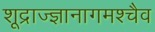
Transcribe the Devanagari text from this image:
शूद्राज्ज्ञानागमश्चैव